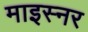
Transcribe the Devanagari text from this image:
माइस्नर